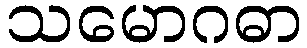
သမောဂဓာ